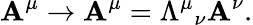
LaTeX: \mathbf{A}^{\mu}\rightarrow\mathbf{A}^{\mu}=\Lambda^{\mu}{}_{\nu}\mathbf{A}^{\nu}.